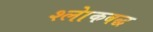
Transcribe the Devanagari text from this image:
श्लाेकबद्ध